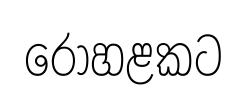
රෝහළකට